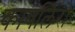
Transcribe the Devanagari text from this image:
कावलिरो